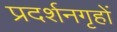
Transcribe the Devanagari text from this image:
प्रदर्शनगृहों